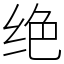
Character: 绝